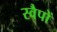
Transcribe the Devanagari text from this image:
स्वैपों